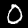
Label: 0